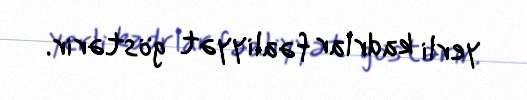
yerli kadrlar fəaliyyət göstərir.